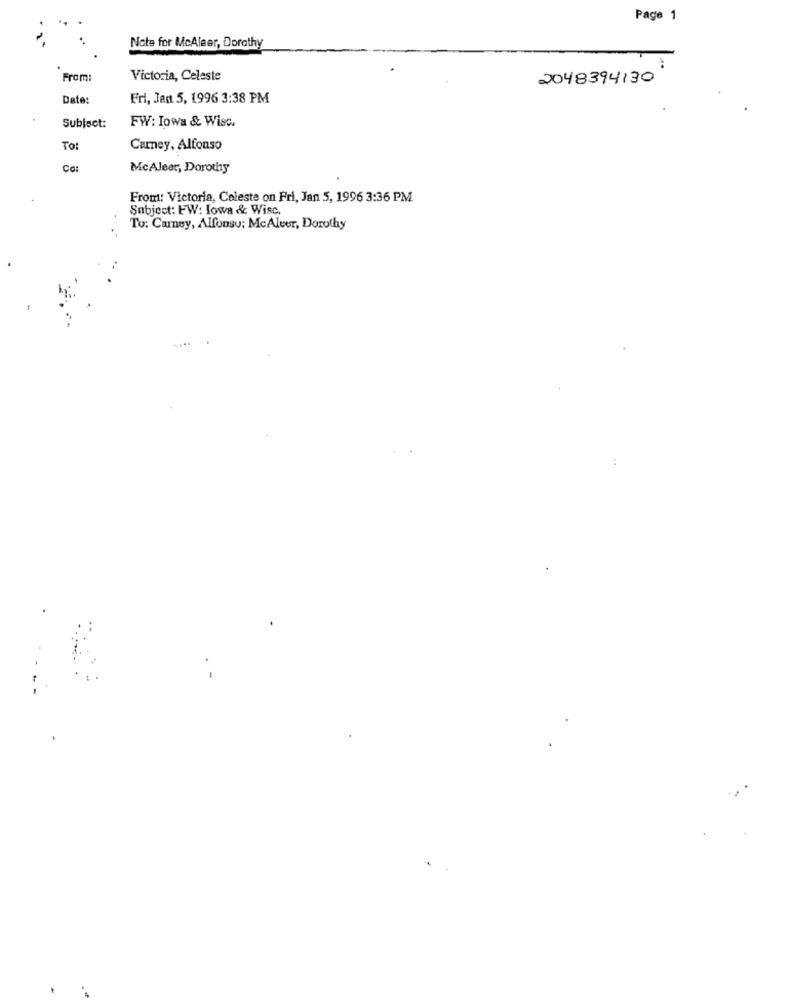
Page 1
Note for McAleer, Dorothy
From:
Victoria, Celeste
2048394130
Date:
Fri, Jan 5, 1996 3:38 PM
Subject:
FW: Iowa & Wisc.
To:
Carney, Alfonso
Co:
McAleer, Dorothy
From: Victoria, Celeste on Fri, Jan 5, 1996 3:36 PM
Subject: EW: Iowa & Wisc.
To: Carney, Alfonsu; McAlver, Dorothy
: